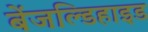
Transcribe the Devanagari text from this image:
बेंजल्डिहाइड